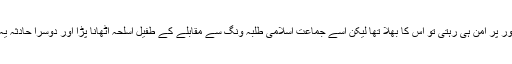
مہاجر قومی موومنٹ ایک پرامن تحریک تھی اور پر امن ہی رہتی تو اس کا بھلا تھا لیکن اسے جماعت اسلامی طلبہ ونگ سے مقابلے کے طفیل اسلحہ اٹھانا پڑا اور دوسرا حادثہ یہ ہوا کہ وہ جنرل ضیاء الحق کا آلئہ کار بن گئی۔